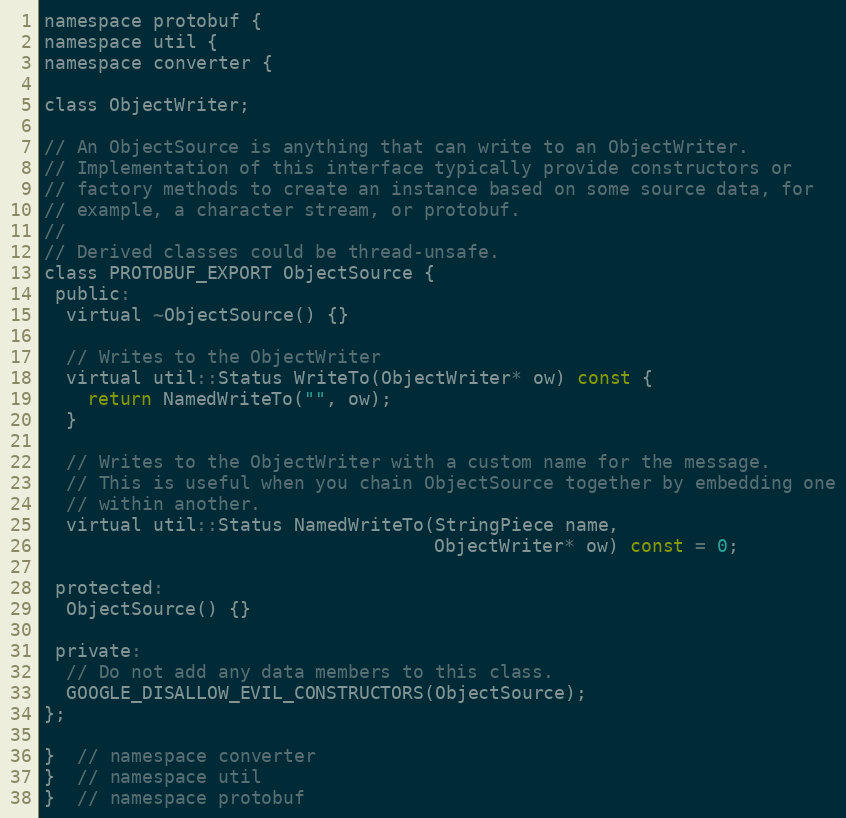
Language: C
namespace protobuf {
namespace util {
namespace converter {

class ObjectWriter;

// An ObjectSource is anything that can write to an ObjectWriter.
// Implementation of this interface typically provide constructors or
// factory methods to create an instance based on some source data, for
// example, a character stream, or protobuf.
//
// Derived classes could be thread-unsafe.
class PROTOBUF_EXPORT ObjectSource {
 public:
  virtual ~ObjectSource() {}

  // Writes to the ObjectWriter
  virtual util::Status WriteTo(ObjectWriter* ow) const {
    return NamedWriteTo("", ow);
  }

  // Writes to the ObjectWriter with a custom name for the message.
  // This is useful when you chain ObjectSource together by embedding one
  // within another.
  virtual util::Status NamedWriteTo(StringPiece name,
                                    ObjectWriter* ow) const = 0;

 protected:
  ObjectSource() {}

 private:
  // Do not add any data members to this class.
  GOOGLE_DISALLOW_EVIL_CONSTRUCTORS(ObjectSource);
};

}  // namespace converter
}  // namespace util
}  // namespace protobuf